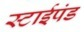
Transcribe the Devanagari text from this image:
स्टाईपंड